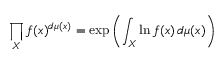
\prod _ { X } f ( x ) ^ { d \mu ( x ) } = \exp \left( \int _ { X } \ln f ( x ) \, d \mu ( x ) \right)